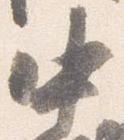
中